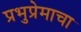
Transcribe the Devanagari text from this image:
प्रभुप्रेमाचा